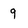
Character: 9